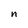
Character: n